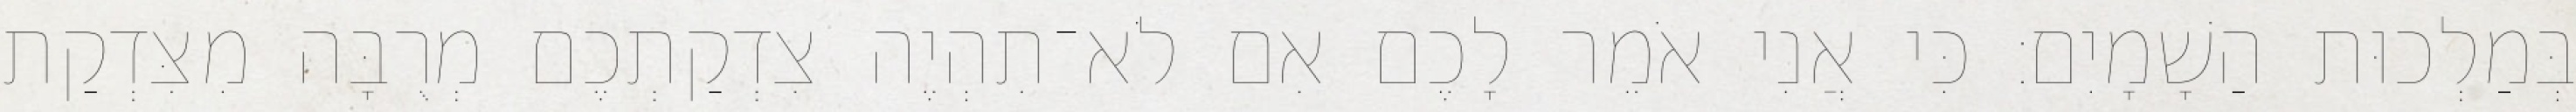
בְּמַלְכוּת הַשָׁמָיִם׃ כִּי אֲנִי אֹמֵר לָכֶם אִם לֹא־תִהְיֶה צִדְקַתְכֶם מְרֻבָּה מִצִּדְקַת